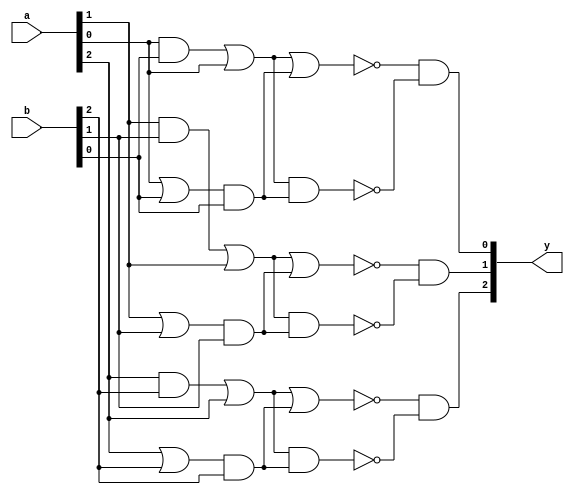
module ex3(y,a,b);

	input [2:0] a,b;
	output [2:0] y;
	
	wire [20:0] w;
	
	and and_0(w[0],a[2],b[2]);
	or or_0(w[1],a[2],b[2]);
	or or_1(w[2],w[0],a[2]);
	and and_1(w[3],w[1],b[2]);
	nor nor_0(w[4],w[2],w[3]);
	nand nand_0(w[5],w[2],w[3]);
	and and_2(w[6],w[4],w[5]);
	
	and and_00(w[7],a[1],b[1]);
	or or_00(w[8],a[1],b[1]);
	or or_11(w[9],w[7],a[1]);
	and and_11(w[10],w[8],b[1]);
	nor nor_00(w[11],w[9],w[10]);
	nand nand_00(w[12],w[9],w[10]);
	and and_22(w[13],w[11],w[12]);
	
	and and_000(w[14],a[0],b[0]);
	or or_000(w[15],a[0],b[0]);
	or or_111(w[16],w[14],a[0]);
	and and_111(w[17],w[15],b[0]);
	nor nor_000(w[18],w[16],w[17]);
	nand nand_000(w[19],w[16],w[17]);
	and and_222(w[20],w[18],w[19]);
	
	assign y[2] = w[6];
	assign y[1] = w[13];
	assign y[0] = w[20];
	
endmodule